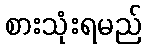
စားသုံးရမည်